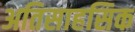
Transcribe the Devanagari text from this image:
अतिसाहसिक